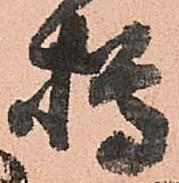
樽